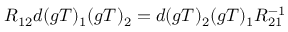
R _ { 1 2 } d ( g T ) _ { 1 } ( g T ) _ { 2 } = d ( g T ) _ { 2 } ( g T ) _ { 1 } R _ { 2 1 } ^ { - 1 }